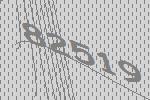
82519